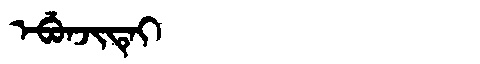
Manchu: ᡝᠪᡠᠨᠵᡳᡨᡝᡳ
Romanization: EBUNJITEI